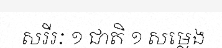
សរីរៈ ១ ជាតិ ១ សម្លេង